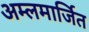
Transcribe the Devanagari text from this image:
अम्लमार्जित